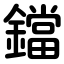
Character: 鐺